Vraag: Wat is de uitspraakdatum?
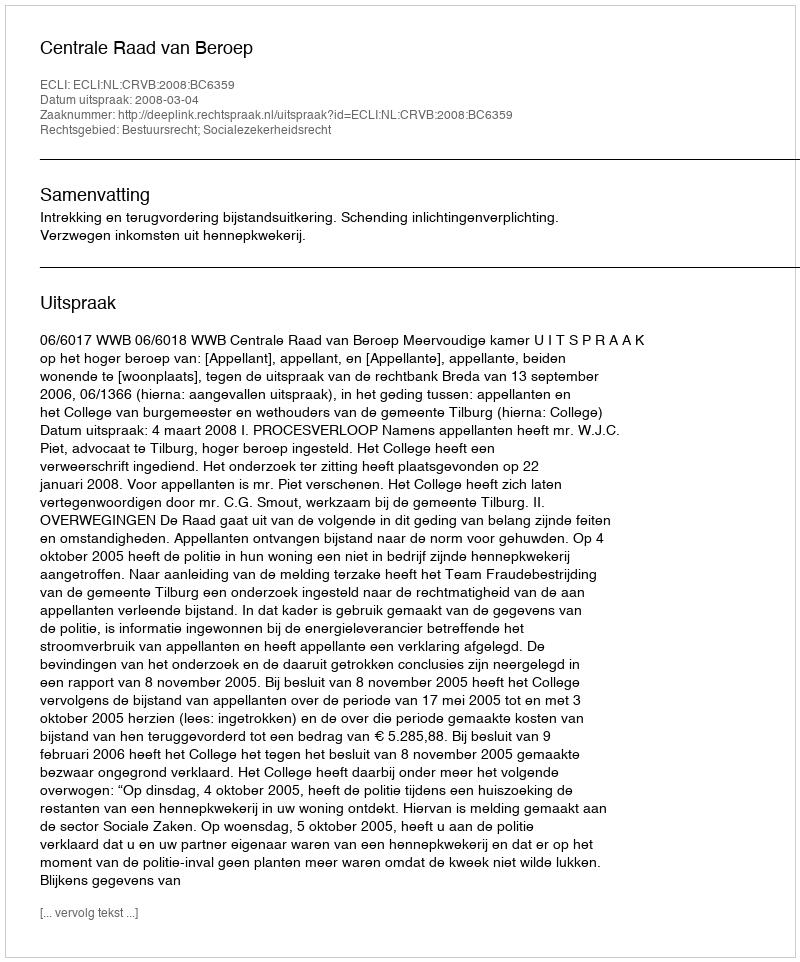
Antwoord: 2008-03-04